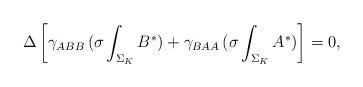
LaTeX: \begin{align*}\Delta\left[{\gamma_{ABB}\,(\sigma\int_{\Sigma_K} B^*) +\gamma_{BAA}\,(\sigma\int_{\Sigma_K} A^*)}\right]=0,\end{align*}